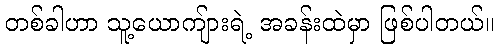
တစ်ခါဟာ သူ့ယောကျ်ားရဲ့ အခန်းထဲမှာ ဖြစ်ပါတယ်။